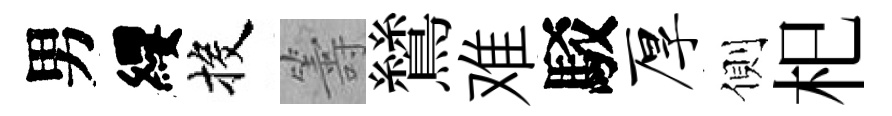
男纓投籌鷥难駁厚側𣏌